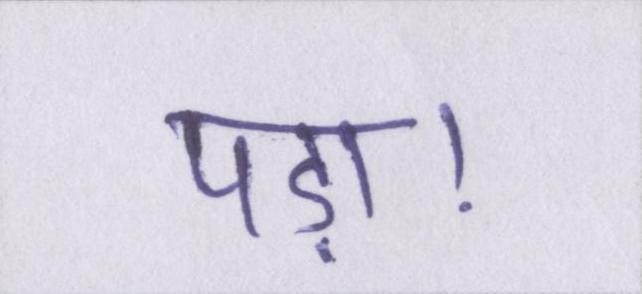
पड़ा।